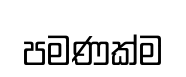
පමණක්ම